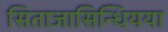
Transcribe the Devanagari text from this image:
सिताजासिन्धियया